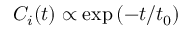
{ C _ { i } ( t ) } \propto \exp { ( - t / t _ { 0 } ) }